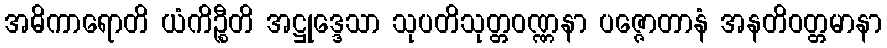
အဓိကာရောတိ ယံကိဉ္စီတိ အဋ္ဌုဒ္ဒေသာ သုပတိသုတ္တဝဏ္ဏနာ ပဇ္ဇောတာနံ အနတိဝတ္တမာနာ